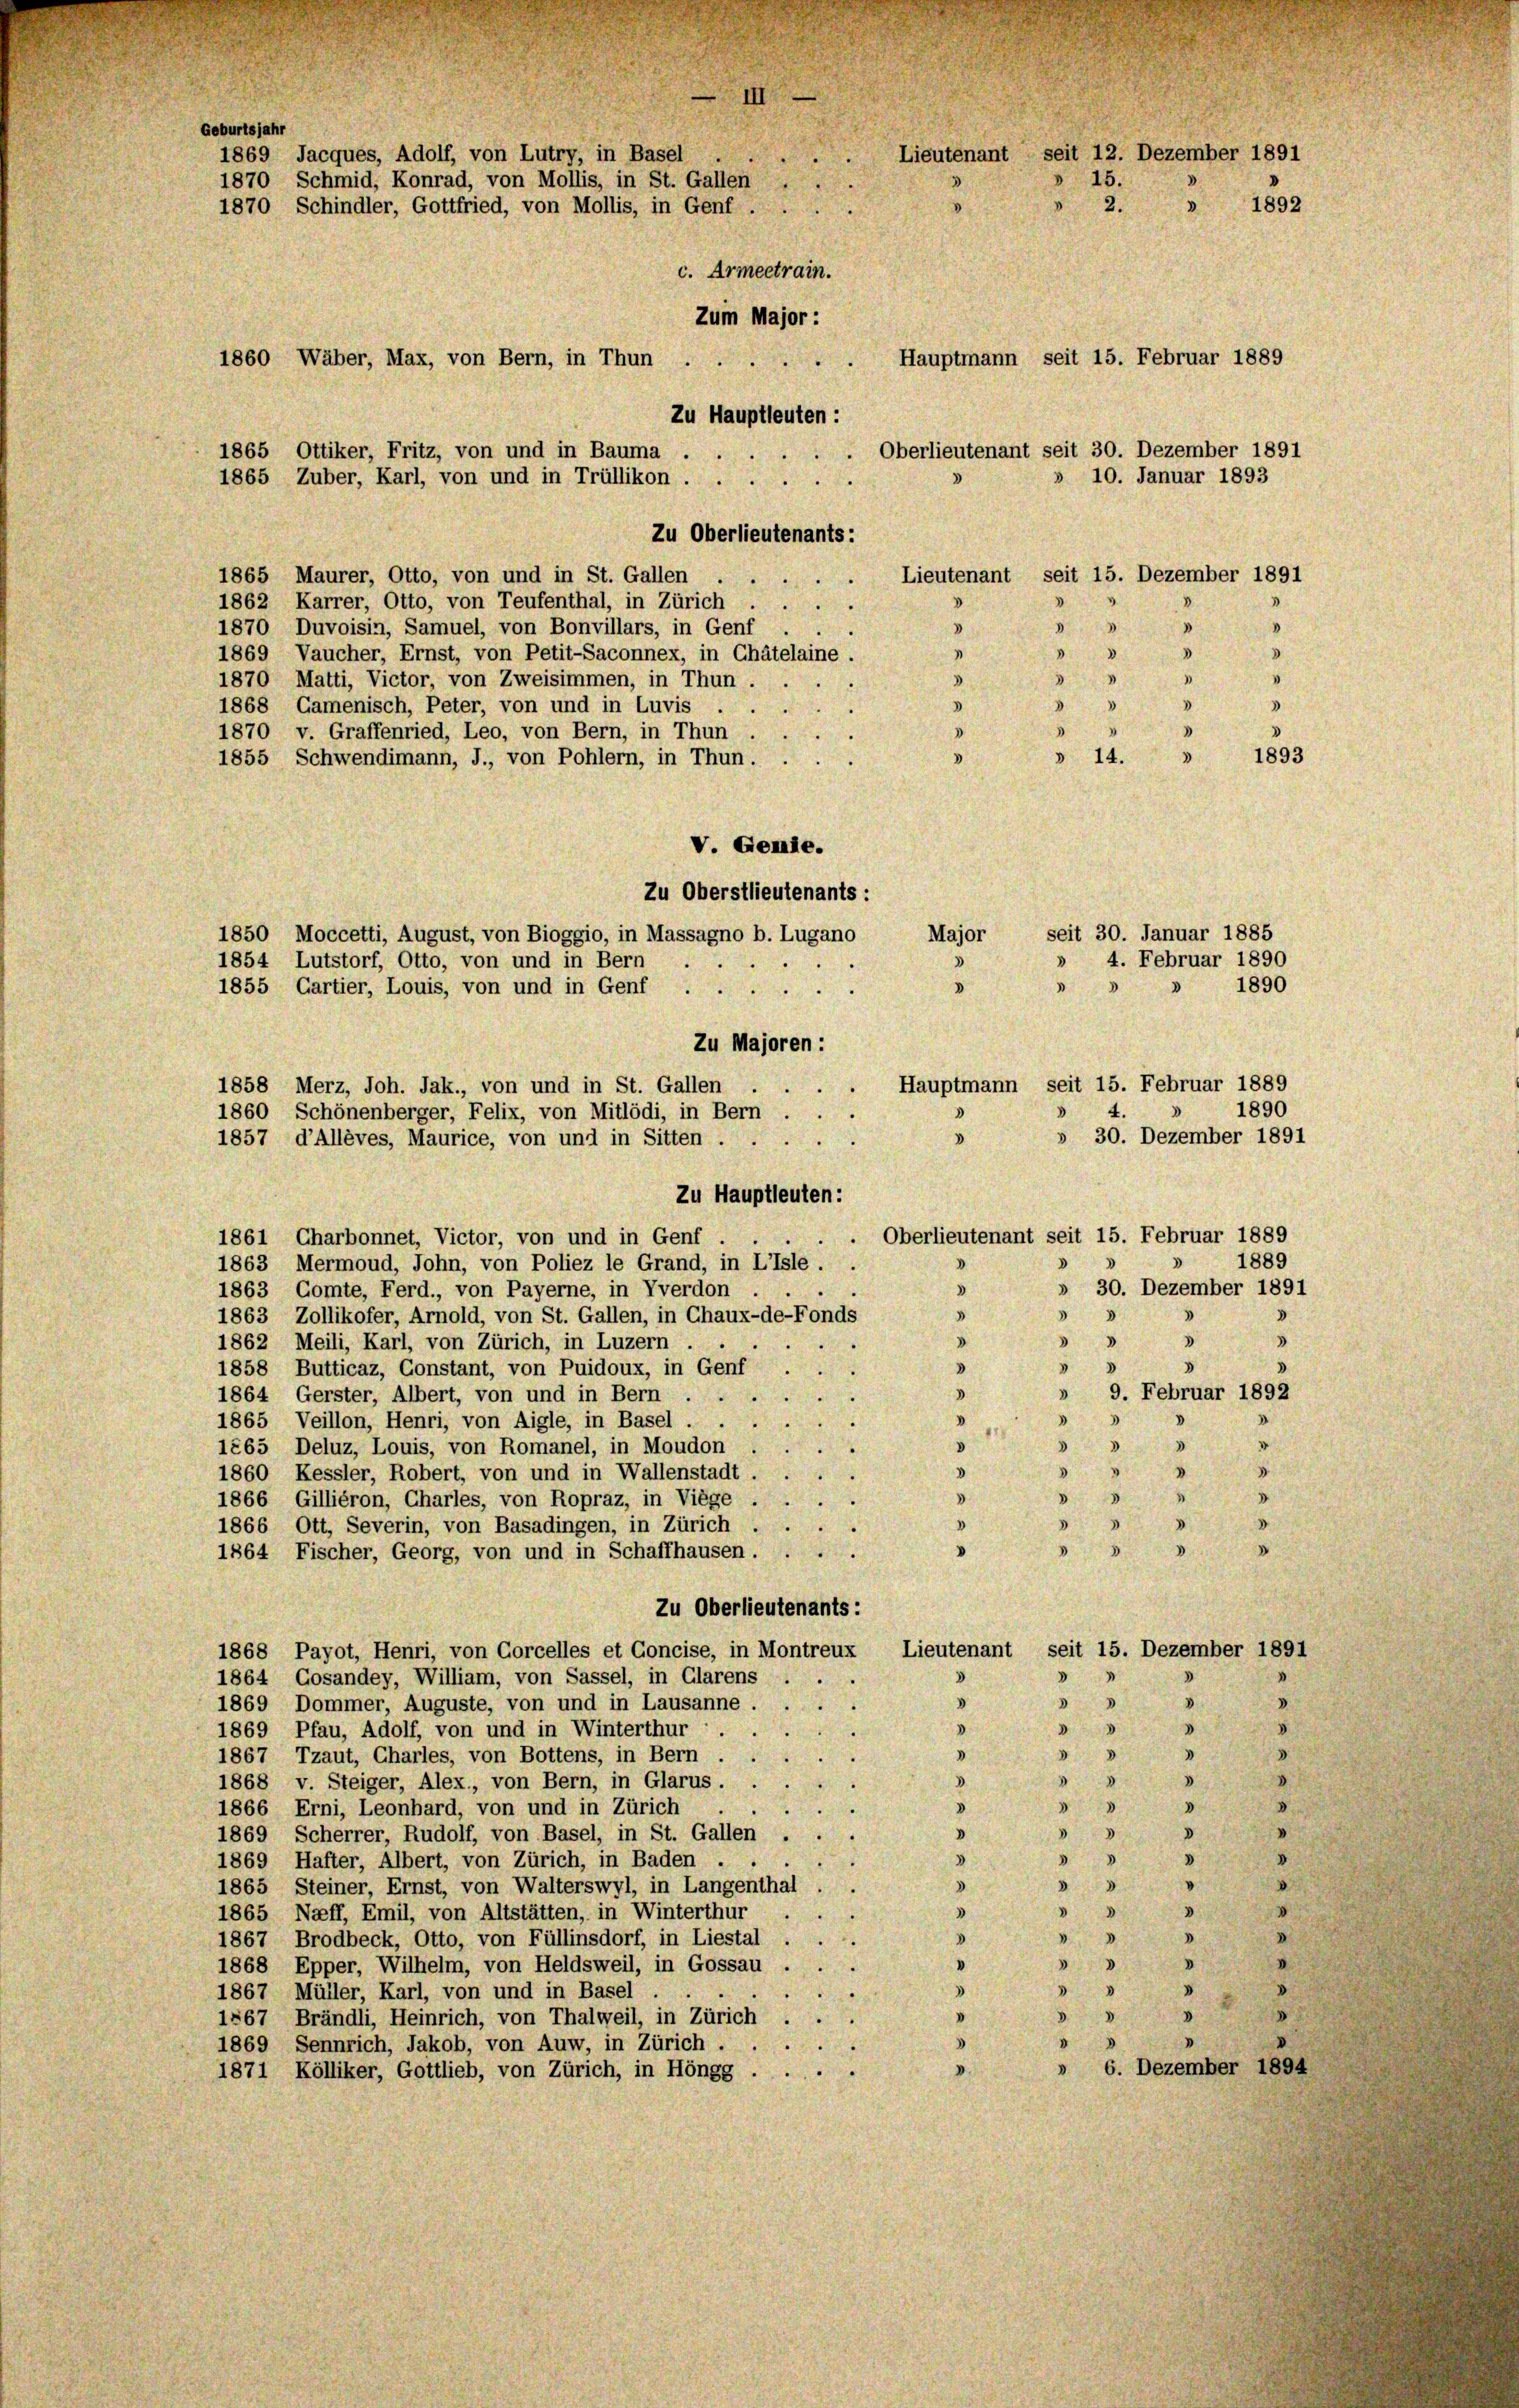
1870 Matti, Victor, von Zweisimmen, in Thun.
5
d
d
3
d
1868 Gamenisch, Peter, von und in Luvis
2
3
1870 v. Graffenried, Leo, von Bern, in Thun.
3
3
» 14.
1855 Schwendimann, J., von Pohlern, in Thun.

V. Genie.
Zu Oberstlieutenants:
Major
1850 Moccetti, August, von Bioggio, in Massagno b. Lugano
3
1854 Lutstorf, Otto, von und in Bern
D

1855 Gartier, Louis, von und in Genf
Zu Majoren :
Hauptmann seit 15. Februar 1889
d
Zu Hauptleuten:
Oberlieutenant seit 15. Februar 1889
1861 Charbonnet, Victor, von und in Genf
1863 Mermoud, John, von Poliez le Grand, in Lisle.
D
d
1863 Gomte, Ferd., von Payerne, in Yverdon
3
1863 Zollikofer, Arnold, von St. Gallen, in Chaux-de-Fonds
3
D

1862 Meili, Karl, von Zürich, in Luzern
d

1858 Butticaz, Constant, von Puidoux, in Genf
3
1864 Gerster, Albert, von und in Bern.
V
3
1865 Veillon, Henri, von Aigle, in Basel
.

1865 Deluz, Louis, von Romanel, in Moudon
v
 " " 4
1860 Kessler, Robert, von und in Wallenstadt
8
4
.
1866 Gilliéron, Charles, von Ropraz, in Viege
3
5

1866 Ott, Severin, von Basadingen, in Zürich.
d
80
.
1864 Fischer, Georg, von und in Schaffhausen ....
Zu Oberlieutenants:
Lieutenant seit 15. Dezember 1891
1868 Payot, Henri, von Corcelles et Concise, in Montreux
¬
.
8
1864 Gosandey, William, von Sassel, in Glarus
u
"

3
1869 Dommer, Auguste, von und in Lausanne . . .
d
.
8
1869 Pfau, Adolf, von und in Winterthur.
D

3
1867 Tzaut, Charles, von Bottens, in Bern .
8
2
3
.
1868 v. Steiger, Alex., von Bern, in Glarus . .
5
3
8
D
1866 Erni, Leonhard, von und in Zürich
i
d
8
D
1869 Scherrer, Rudolf, von Basel, in St. Gallen
8

1869 Hafter, Albert, von Zürich, in Baden . .
8

3
1865 Steiner, Ernst, von Walterswyl, in Langenthal . .
 30
3
1865 Naff, Emil, von Altstätten, in Winterthur
4
d
8
D
1867 Brodbeck, Otto, von Füllinsdorf, in Liestal
.
D
V

1868 Epper, Wilhelm, von Heldsweil, in Gossau ...
3

1867 Müller, Karl, von und in Basel
D
8
1867 Brändli, Heinrich, von Thalweil, in Zürich
.
1869 Sennrich, Jakob, von Auw, in Zürich . .
» 6. Dezember 1894
1871 Kölliker, Gottlieb, von Zürich, in Höngg .....

Geburtsjahr
Lieutenant seit 12. Dezember 1891
1869 Jacques, Adolf, von Lutry, in Basel
15.
1870 Schmid, Konrad, von Mollis, in St. Gallen . .
V
1870 Schindler, Gottfried, von Mollis, in Genf ...
2.
c. Armeetrain.
Zum Major :
Hauptmann seit 15. Februar 1889
1860 Wäber, Max, von Bern, in Thun ...
Zu Hauptleuten:
Oberlieutenant seit 30. Dezember 1891
1865 Ottiker, Fritz, von und in Bauma ....
10. Januar 1893
1865 Zuber, Karl, von und in Trüllikon
Zu Oberlieutenants:
Lieutenant seit 15. Dezember 1891
1865 Maurer, Otto, von und in St. Gallen
.
.
1862 Karrer, Otto, von Teufenthal, in Zürich ....
3
)
1870 Duvoisin, Samuel, von Bonvillars, in Genf
3
3
8
1
3
1869 Vaucher, Ernst, von Petit-Saconnex, in Châtelaine.

1858 Merz, Joh. Jak., von und in St. Gallen .
1860 Schönenberger, Felix, von Mitlödi, in Bern . .
1857 d’Allèves, Maurice, von und in Sitten ....

seit 30. Januar 1885

1892

¬
3

1893

1890
1890
» 30. Dezember 1891
1889
» 30. Dezember 1891
d
3
d
3
3
» 9. Februar 1892
3
e

» 4. Februar 1890

3

1
d

I